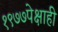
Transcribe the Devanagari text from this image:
१९७७पेक्षाही